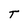
Character: T